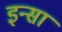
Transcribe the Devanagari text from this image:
इन्सा